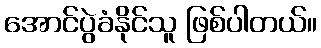
အောင်ပွဲခံနိုင်သူ ဖြစ်ပါတယ်။